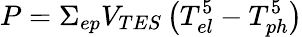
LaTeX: P=\Sigma_{ep}V_{TES}\left(T_{el}^{5}-T_{ph}^{5}\right)